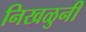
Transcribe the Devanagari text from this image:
निखळुनी